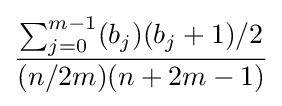
{\frac {\sum _{j=0}^{m-1}(b_{j})(b_{j}+1)/2}{(n/2m)(n+2m-1)}}